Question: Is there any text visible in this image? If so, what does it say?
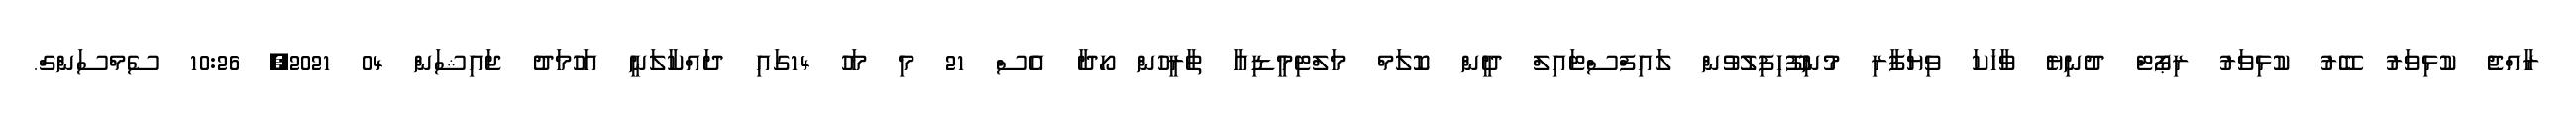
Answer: ރާއްޖެ ކުޅިވަރު ބޭރު ކުޅިވަރު ރިޕޯޓް ދުނިޔެ ވާހަކަ ވިޔަފާރި މުނިފޫހިފިލުވުން ލައިފްސްޓައިލް ދީން ކޮލަމް މަލްޓިމީޑިއާ ތާރީހުން ހޯދާ އެސް 21 މި މަހު 14ގައި ދައްކާލަނީ އަހުމަދު ޖައިޝަން 04 2021, 10:26 ސެމްސަންގް.